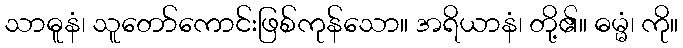
သာဓူနံ၊ သူတော်ကောင်းဖြစ်ကုန်သော။ အရိယာနံ၊ တို့၏။ ဓမ္မံ၊ ကို။